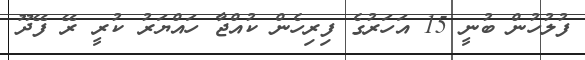
ފުލުހުން ބުނީ 15 އަހަރުގެ ފިރިހެން ކުއްޖާ ހައްޔަރު ކުރީ ރޭ ފޭދޫ